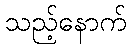
သည့်နောက်